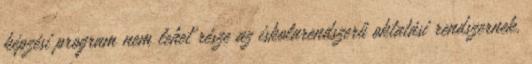
képzési program nem lehet része az iskolarendszerű oktatási rendszernek.